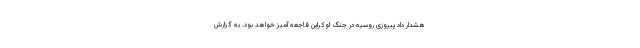
هشدار داد پیروزی روسیه در جنگ اوکراین فاجعه آمیز خواهد بود. به گزارش